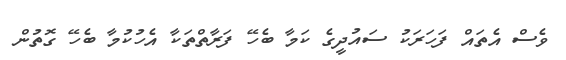
ވެސް އެތައް ފަހަރަކު ސައުދީގެ ކަމާ ބެހޭ ފަރާތްތަކާ އެހުކުމާ ބެހޭ ގޮތުން